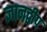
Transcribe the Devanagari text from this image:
ज्ञानद्वीप